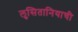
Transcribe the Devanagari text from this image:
लुसितानियाची